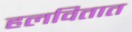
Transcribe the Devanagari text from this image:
हलवितात